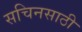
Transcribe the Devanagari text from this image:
सचिनसाठी